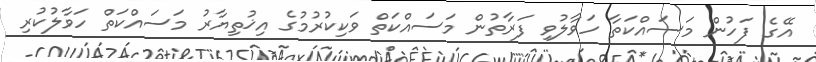
އޭގެ ފަހުން މަސައްކަތާ ހަވާލުވި ފަރާތުން މަސައްކަތް ވަކިކުރުމުގެ އިޚުތިޔާރު މަސައްކަތް ހަވާލުކުރި